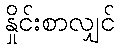
နှိုင်းစာလျှင်